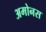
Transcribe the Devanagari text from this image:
अमोनस